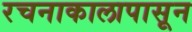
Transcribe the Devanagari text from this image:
रचनाकालापासून